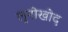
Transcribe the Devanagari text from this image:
लुनोखोद